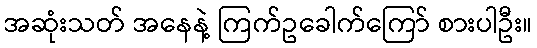
အဆုံးသတ် အနေနဲ့ ကြက်ဥခေါက်ကြော် စားပါဦး။